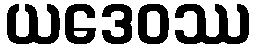
ယဒေဝဿ